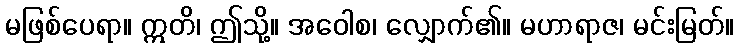
မဖြစ်ပေရာ။ ဣတိ၊ ဤသို့။ အဝေါစ၊ လျှောက်၏။ မဟာရာဇ၊ မင်းမြတ်။